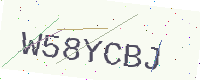
Text: W58YCBJ